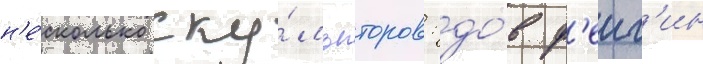
н'е́сколько ску́льпторов: до́в ф'еиг'ин